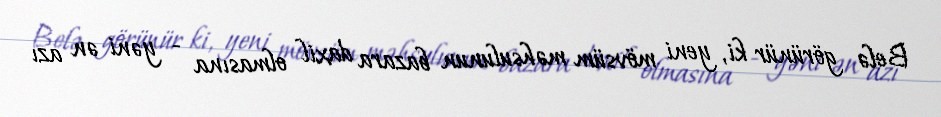
Belə görünür ki, yeni mövsüm məhsulunun bazara daxil olmasına - yəni ən azı